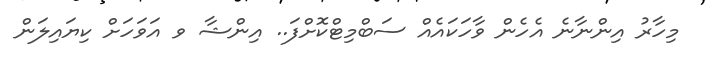
މިހާރު އިންނާނެ އެހެން ވާހަކައެއް ސަބްމިޓްކޮށްފަ.. އިންޝާ ވ އަވަހަށް ކިޔައިލަން